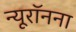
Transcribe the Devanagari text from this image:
न्यूरॉनना